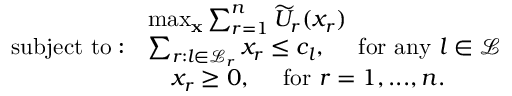
\begin{array} { r l } & { \operatorname* { m a x } _ { \mathbf { x } } \sum _ { r = 1 } ^ { n } \widetilde U _ { r } ( x _ { r } ) } \\ { \mathrm { s u b j e c t ~ t o : } } & { \sum _ { r : l \in \mathcal { L } _ { r } } x _ { r } \leq c _ { l } , \quad \mathrm { ~ f o r ~ a n y ~ } l \in \mathcal { L } } \\ & { \quad x _ { r } \geq 0 , \quad \mathrm { ~ f o r ~ } r = 1 , . . . , n . } \end{array}